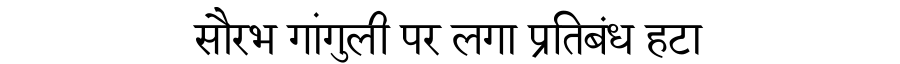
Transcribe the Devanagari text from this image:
सौरभ गांगुली पर लगा प्रतिबंध हटा